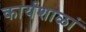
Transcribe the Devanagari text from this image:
कार्यशाळां